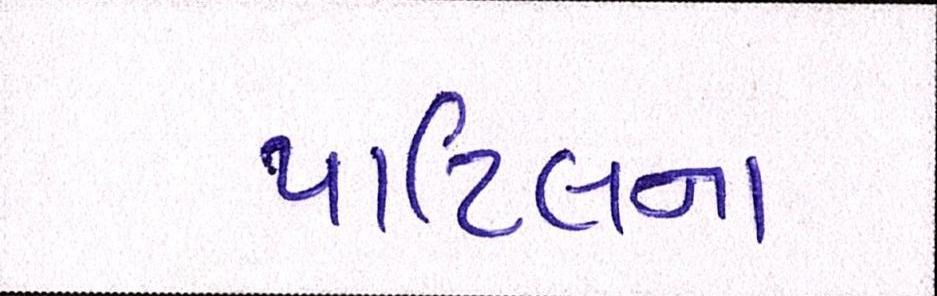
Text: પાટિલના